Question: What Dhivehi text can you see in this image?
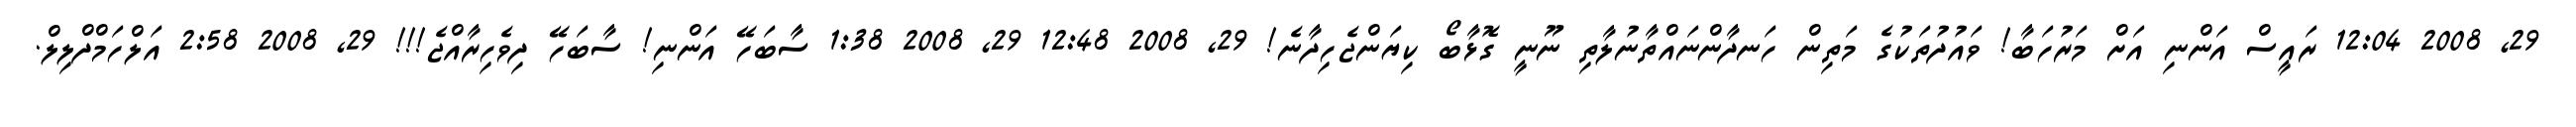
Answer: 29, 2008 12:04 ރައީސް އަންނި އަށް މަރުހަބާ! ވައުދުތަކުގެ މަތިން ހަނދާންނައްތާނުލާތި ނޫނީ ގޮޅާބޯ ކިޔަންޖެހިދާނެ! 29, 2008 12:48 29, 2008 1:38 ސާބަހޭ އަންނި! ސާބަހޭ ދިވެހިރާއްޖެ!!! 29, 2008 2:58 އަލްހަމްދްލިލް.